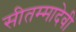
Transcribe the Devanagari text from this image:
सीतम्मादेवी